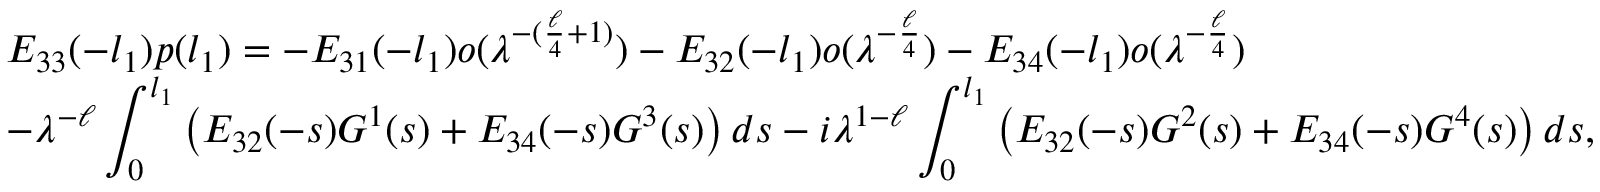
\begin{array} { l } { E _ { 3 3 } ( - l _ { 1 } ) p ( l _ { 1 } ) = - E _ { 3 1 } ( - l _ { 1 } ) o ( { \lambda } ^ { - ( \frac { \ell } { 4 } + 1 ) } ) - E _ { 3 2 } ( - l _ { 1 } ) o ( { \lambda } ^ { - \frac { \ell } { 4 } } ) - E _ { 3 4 } ( - l _ { 1 } ) o ( { \lambda } ^ { - \frac { \ell } { 4 } } ) } \\ { \displaystyle - { \lambda } ^ { - \ell } \int _ { 0 } ^ { l _ { 1 } } \left( E _ { 3 2 } ( - s ) G ^ { 1 } ( s ) + E _ { 3 4 } ( - s ) G ^ { 3 } ( s ) \right) d s - i { \lambda } ^ { 1 - \ell } \int _ { 0 } ^ { l _ { 1 } } \left( E _ { 3 2 } ( - s ) G ^ { 2 } ( s ) + E _ { 3 4 } ( - s ) G ^ { 4 } ( s ) \right) d s , } \end{array}